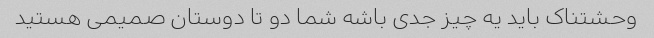
وحشتناک باید یه چیز جدی باشه شما دو تا دوستان صمیمی هستید